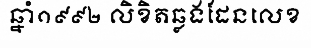
ឆ្នាំ១៩៩២ លិខិតឆ្លងដែនលេខ